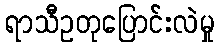
ရာသီဥတုပြောင်းလဲမှု